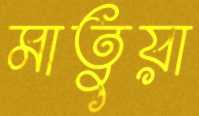
মাতুয়া